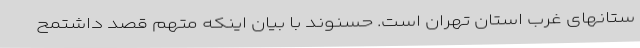
ستانهای غرب استان تهران است. حسنوند با بیان اینکه متهم قصد داشتمح